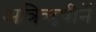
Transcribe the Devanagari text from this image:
अत्रिॠषीनें